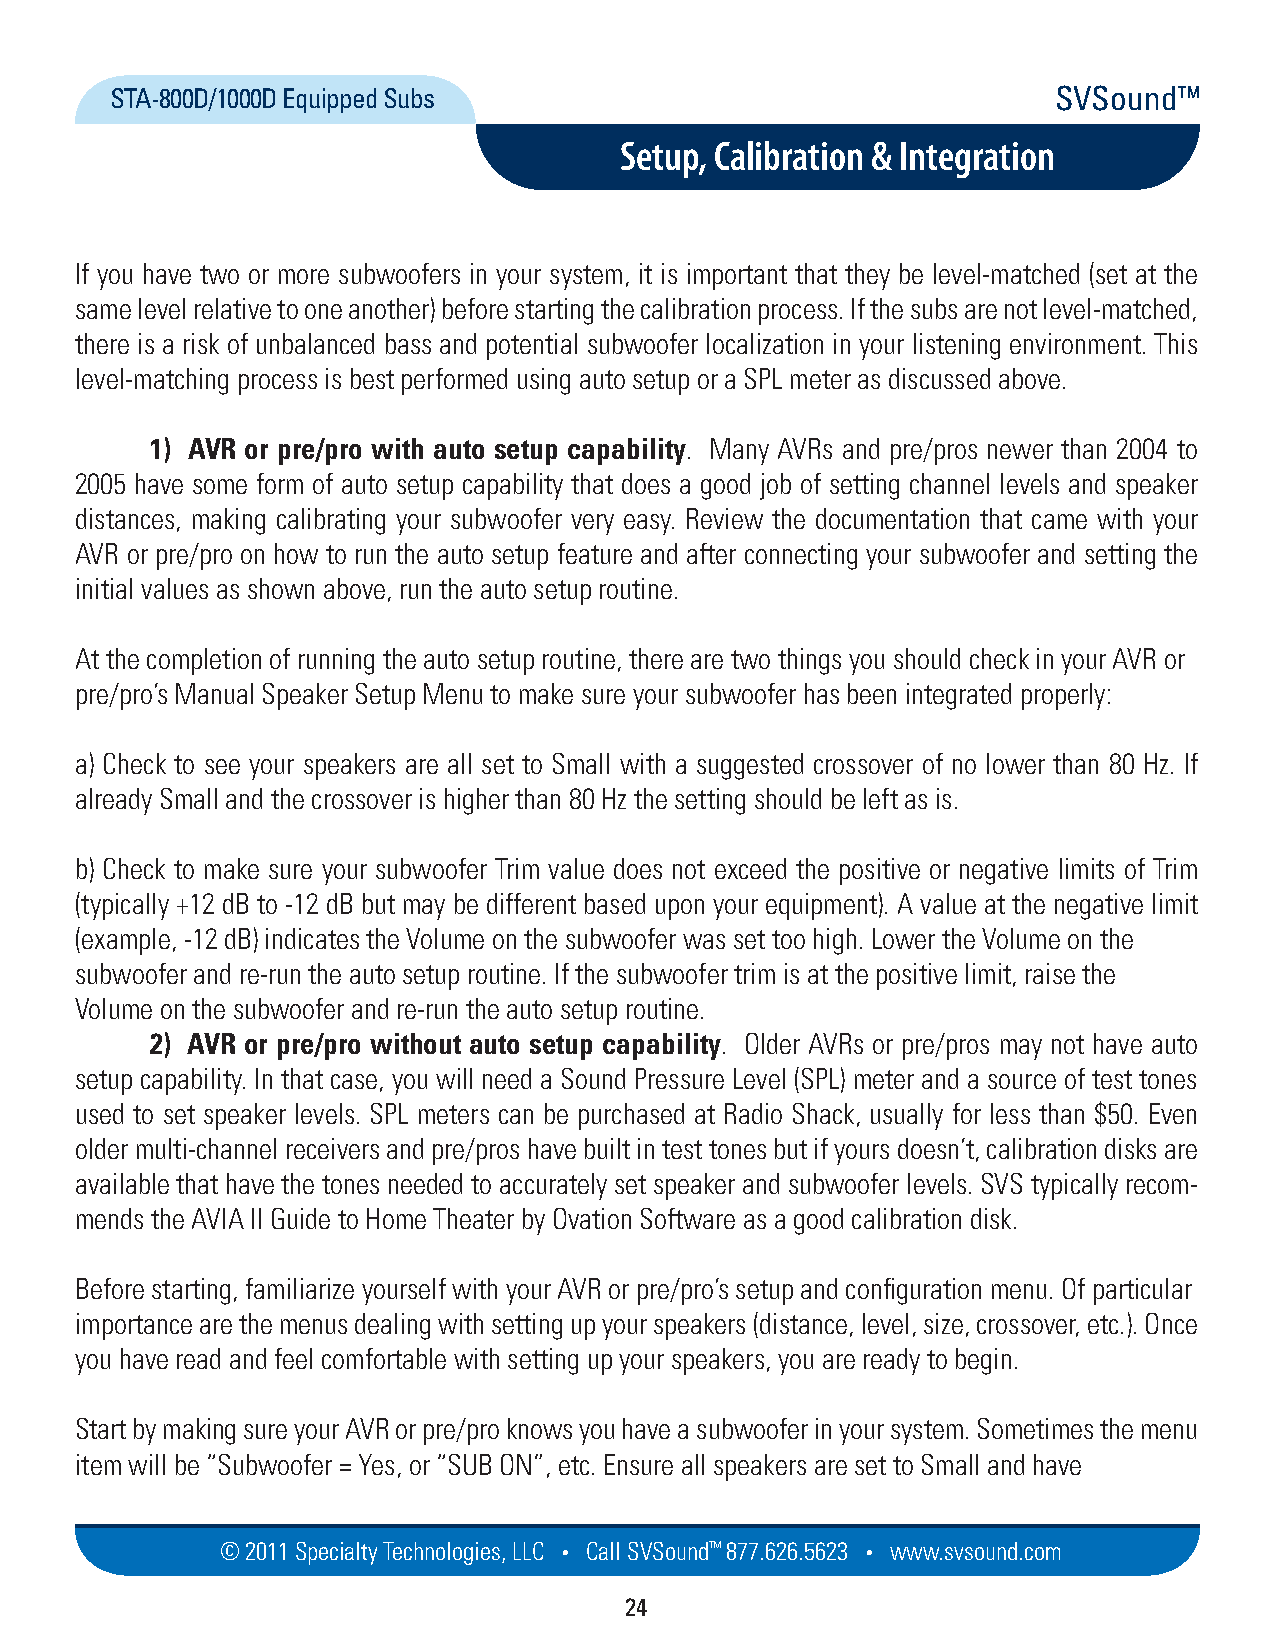
STA-800D/1000D Equipped Subs                                   SVSound™
 Setup, Calibration & Integration
 If you have two or more subwoofers in your system, it is important that they be level-matched (set at the
 same level relative to one another) before starting the calibration process. If the subs are not level-matched,
 there is a risk of unbalanced bass and potential subwoofer localization in your listening environment. This
 level-matching process is best performed using auto setup or a SPL meter as discussed above.
 1) AVR or pre/pro with auto setup capability. Many AVRs and pre/pros newer than 2004 to
 2005 have some form of auto setup capability that does a good job of setting channel levels and speaker
 distances, making calibrating your subwoofer very easy. Review the documentation that came with your
 AVR or pre/pro on how to run the auto setup feature and after connecting your subwoofer and setting the
 initial values as shown above, run the auto setup routine.
 At the completion of running the auto setup routine, there are two things you should check in your AVR or
 pre/pro’s Manual Speaker Setup Menu to make sure your subwoofer has been integrated properly:
 a) Check to see your speakers are all set to Small with a suggested crossover of no lower than 80 Hz. If
 already Small and the crossover is higher than 80 Hz the setting should be left as is.
 b) Check to make sure your subwoofer Trim value does not exceed the positive or negative limits of Trim
 (typically +12 dB to -12 dB but may be different based upon your equipment). A value at the negative limit
 (example, -12 dB) indicates the Volume on the subwoofer was set too high. Lower the Volume on the
 subwoofer and re-run the auto setup routine. If the subwoofer trim is at the positive limit, raise the
 Volume on the subwoofer and re-run the auto setup routine.
 2) AVR or pre/pro without auto setup capability. Older AVRs or pre/pros may not have auto
 setup capability. In that case, you will need a Sound Pressure Level (SPL) meter and a source of test tones
 used to set speaker levels. SPL meters can be purchased at Radio Shack, usually for less than $50. Even
 older multi-channel receivers and pre/pros have built in test tones but if yours doesn’t, calibration disks are
 available that have the tones needed to accurately set speaker and subwoofer levels. SVS typically recom-
 mends the AVIA II Guide to Home Theater by Ovation Software as a good calibration disk.
 Before starting, familiarize yourself with your AVR or pre/pro’s setup and configuration menu. Of particular
 importance are the menus dealing with setting up your speakers (distance, level, size, crossover, etc.). Once
 you have read and feel comfortable with setting up your speakers, you are ready to begin.
 Start by making sure your AVR or pre/pro knows you have a subwoofer in your system. Sometimes the menu
 item will be “Subwoofer = Yes, or “SUB ON”, etc. Ensure all speakers are set to Small and have
 © 2011 Specialty Techno logies, LLC • Call SVSound™ 877.626.5623 • www.svs ou nd.com
 24